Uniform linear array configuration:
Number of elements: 4
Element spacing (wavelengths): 0.75
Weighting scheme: uniform
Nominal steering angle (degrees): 30
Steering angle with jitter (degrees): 28.005
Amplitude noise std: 0.05
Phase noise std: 0.05

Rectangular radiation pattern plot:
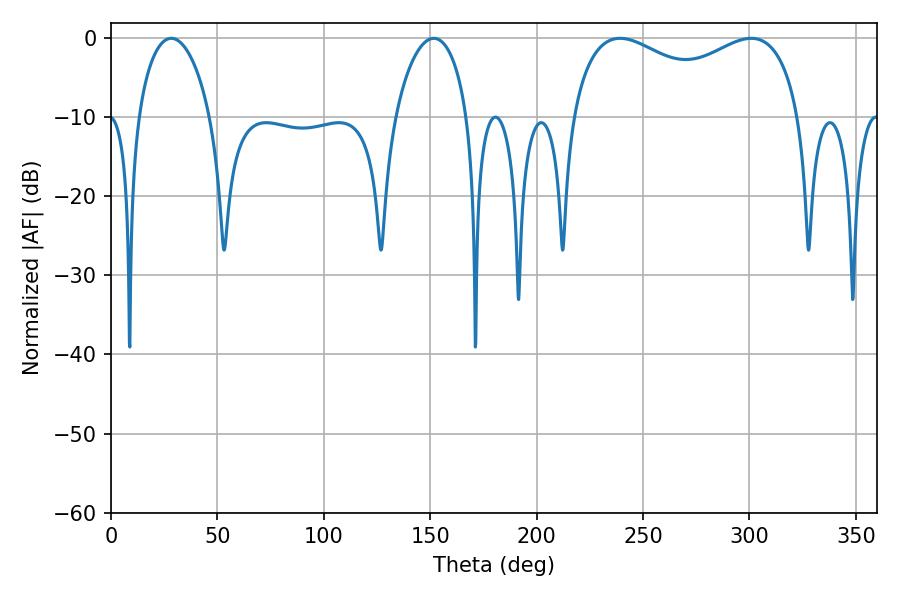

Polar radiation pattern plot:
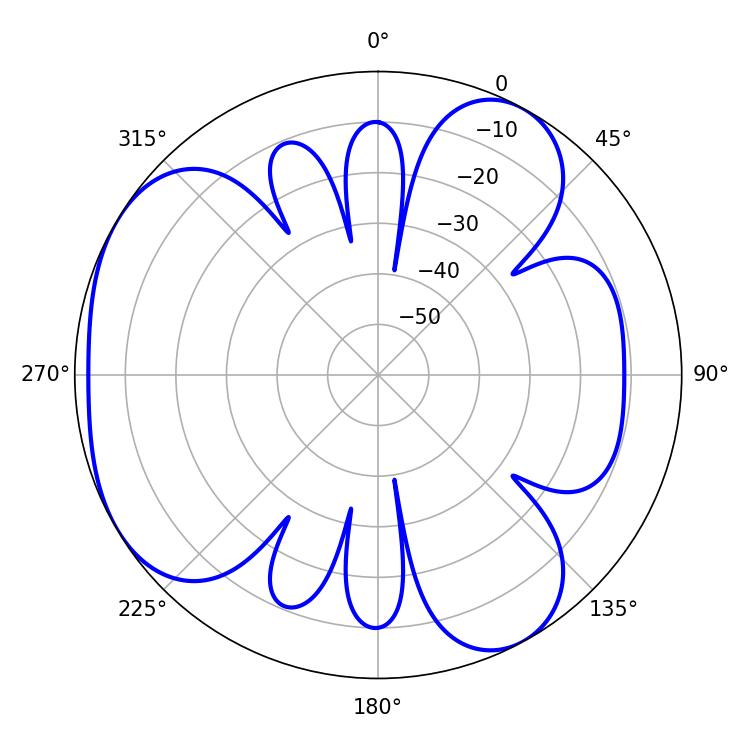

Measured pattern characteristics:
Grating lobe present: TRUE
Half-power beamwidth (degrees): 89.28
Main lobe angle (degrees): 239.22